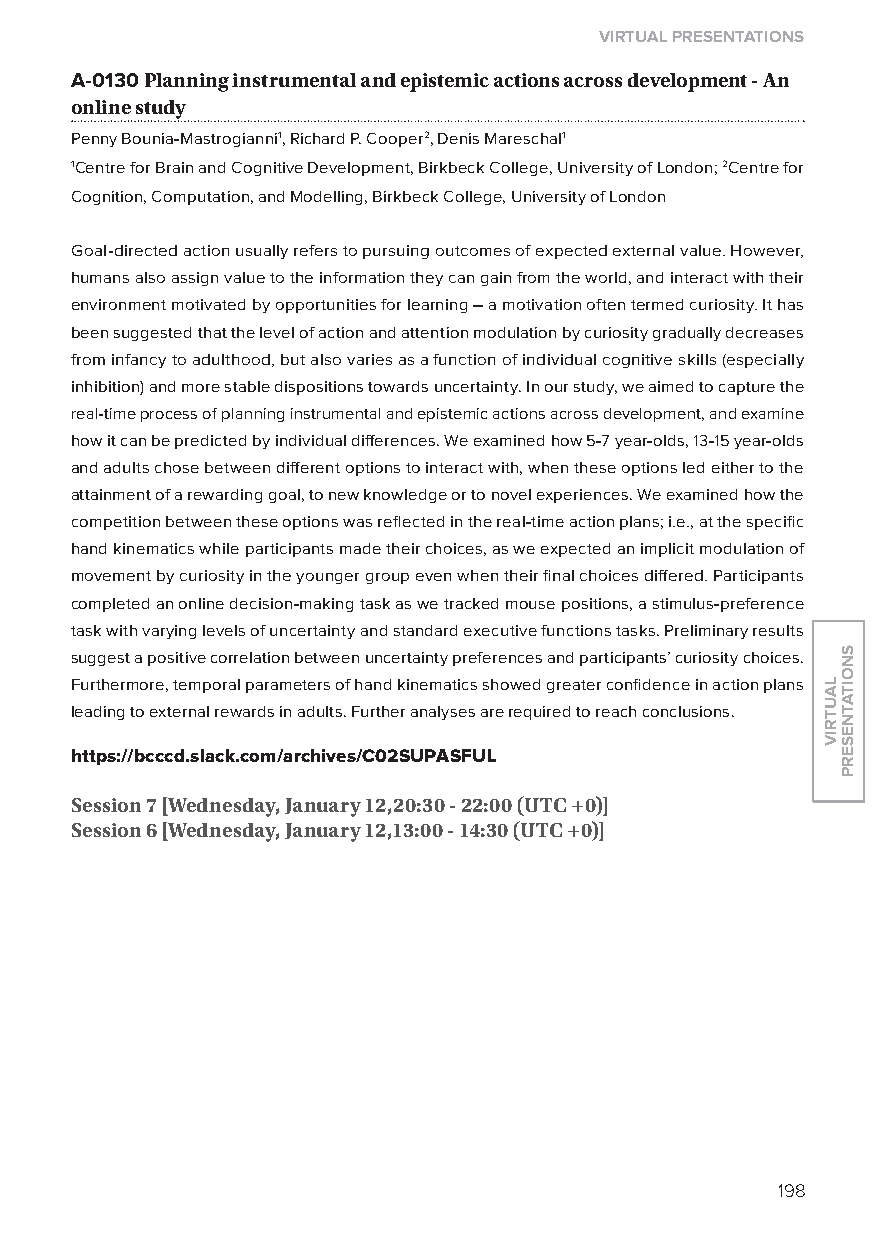
virtual presentations
 A-0130 Planning instrumental and epistemic actions across development - an
 online study
 Penny Bounia-Mastrogianni1, Richard P. Cooper2, Denis Mareschal1
 1Centre for Brain and Cognitive Development, Birkbeck College, University of london; 2Centre for
 Cognition, Computation, and Modelling, Birkbeck College, University of london
 Goal-directed action usually refers to pursuing outcomes of expected external value. However,
 humans also assign value to the information they can gain from the world, and interact with their
 environment motivated by opportunities for learning – a motivation often termed curiosity. It has
 been suggested that the level of action and attention modulation by curiosity gradually decreases
 from infancy to adulthood, but also varies as a function of individual cognitive skills (especially
 inhibition) and more stable dispositions towards uncertainty. In our study, we aimed to capture the
 real-time process of planning instrumental and epistemic actions across development, and examine
 how it can be predicted by individual differences. We examined how 5-7 year-olds, 13-15 year-olds
 and adults chose between different options to interact with, when these options led either to the
 attainment of a rewarding goal, to new knowledge or to novel experiences. We examined how the
 competition between these options was reflected in the real-time action plans; i.e., at the specific
 hand kinematics while participants made their choices, as we expected an implicit modulation of
 movement by curiosity in the younger group even when their final choices differed. Participants
 completed an online decision-making task as we tracked mouse positions, a stimulus-preference
 task with varying levels of uncertainty and standard executive functions tasks. Preliminary results
 suggest a positive correlation between uncertainty preferences and participants’ curiosity choices.
 Furthermore, temporal parameters of hand kinematics showed greater confidence in action plans
 leading to external rewards in adults. Further analyses are required to reach conclusions.
 https://bcccd.slack.com/archives/C02supasFul
 session 7 [Wednesday, January 12,20:30 - 22:00 (utC +0)]
 session 6 [Wednesday, January 12,13:00 - 14:30 (utC +0)]
 198
 lautriv
 snoitatneserp